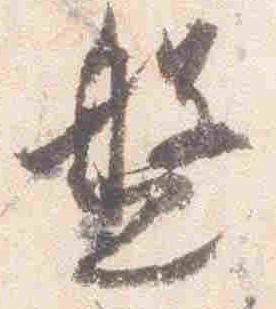
盤